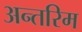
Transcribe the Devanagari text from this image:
अन्‍तरिम